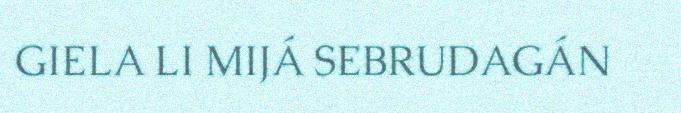
GIELA LI MIJÁ SEBRUDAGÁN